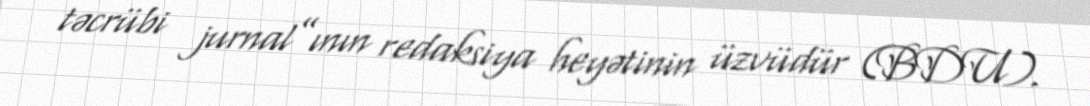
təcrübi jurnal”ının redaksiya heyətinin üzvüdür (BDU).